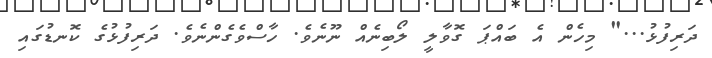
ދަރިފުޅު..." މިހެން އެ ބައްޕަ ގޮވާލީ ލޯބިނެއް ނޫނެވެ. ހާސްވެގެންނެވެ. ދަރިފުޅުގެ ކޮނޑުގައި